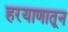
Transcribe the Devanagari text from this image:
हरयाणातून